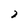
Character: 2